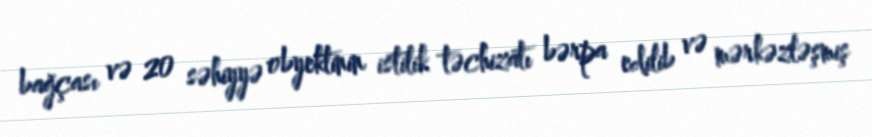
bağçası və 20 səhiyyə obyektinin istilik təchizatı bərpa edilib və mərkəzləşmiş